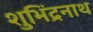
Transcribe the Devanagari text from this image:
शुभिंद्रनाथ